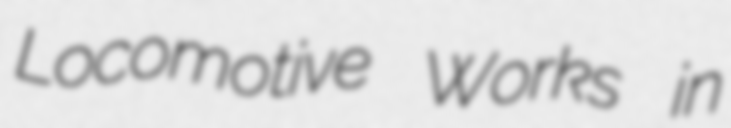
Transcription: Locomotive Works in